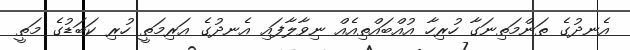
އެނދުގެ ތަންމަތިނަގާ ހުރިހާ އުއްބައްތިއެއް ނިވާލާފައި އެނދުގެ އަރިމަތީ ހުރި ކަބަޑުގެ މަތީ